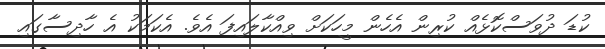
ކުޑަ ދުވަސްކޮޅެއް ކުރިން އެހެން މީހަކަށް ވިއްކާލައިފަ އެވެ. އެކަމަކު އެ ހާދިސާގައި